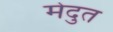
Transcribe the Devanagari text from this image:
मेदुत